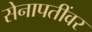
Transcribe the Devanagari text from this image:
सेनापतींवर